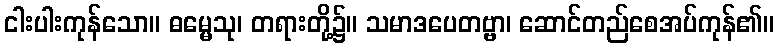
ငါးပါးကုန်သော။ ဓမ္မေသု၊ တရားတို့၌။ သမာဒပေတဗ္ဗာ၊ ဆောင်တည်စေအပ်ကုန်၏။